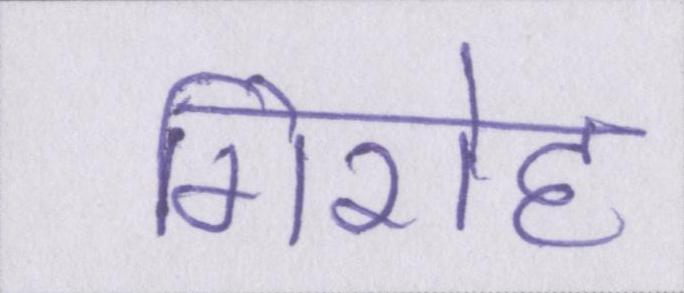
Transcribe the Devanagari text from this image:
गिरोह